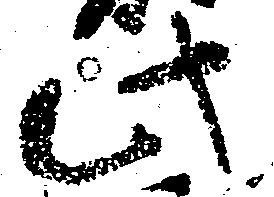
此